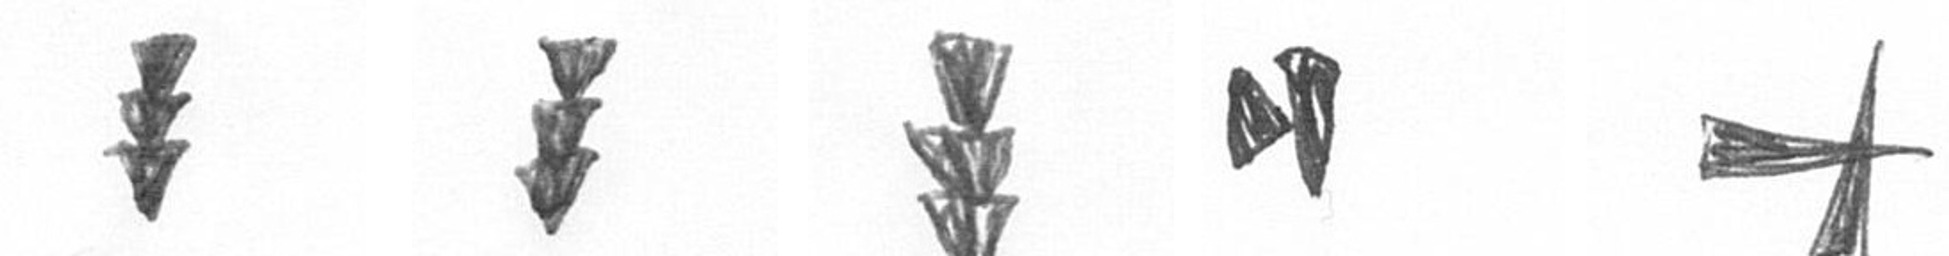
E E E M G